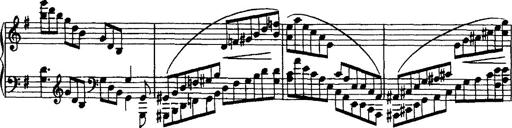
Title: Rondo di bravura
Composer: Franz Liszt